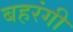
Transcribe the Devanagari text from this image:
बहरंगी